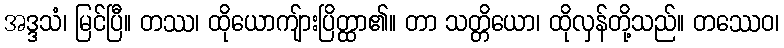
အဒ္ဒသံ၊ မြင်ပြီ။ တဿ၊ ထိုယောကျ်ားပြိတ္ထာ၏။ တာ သတ္တိယော၊ ထိုလှန်တို့သည်။ တဿေဝ၊